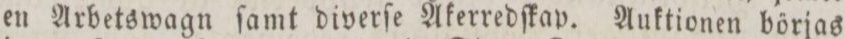
en Arbetswagn ſamt diverſe Åkerredſkap. Auktionen börjas